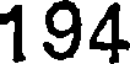
194